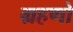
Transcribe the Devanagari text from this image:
ग्रहणो